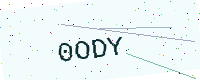
Text: 0ODY